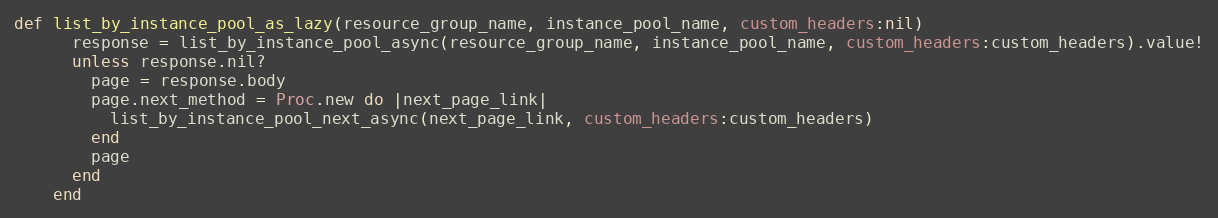
Language: Ruby
def list_by_instance_pool_as_lazy(resource_group_name, instance_pool_name, custom_headers:nil)
      response = list_by_instance_pool_async(resource_group_name, instance_pool_name, custom_headers:custom_headers).value!
      unless response.nil?
        page = response.body
        page.next_method = Proc.new do |next_page_link|
          list_by_instance_pool_next_async(next_page_link, custom_headers:custom_headers)
        end
        page
      end
    end